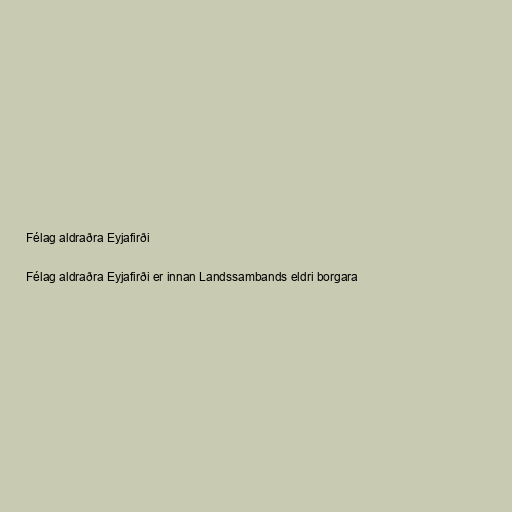
Félag aldraðra Eyjafirði

Félag aldraðra Eyjafirði er innan Landssambands eldri borgara